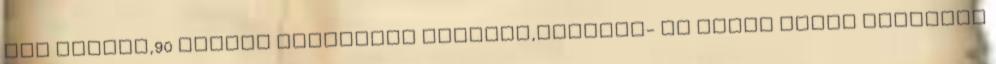
azt nagyon,90 percen keresztül küzdeni,hajtani- Ez pedig bőven elegendő